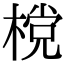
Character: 𣗋